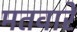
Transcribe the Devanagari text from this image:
मतवारे